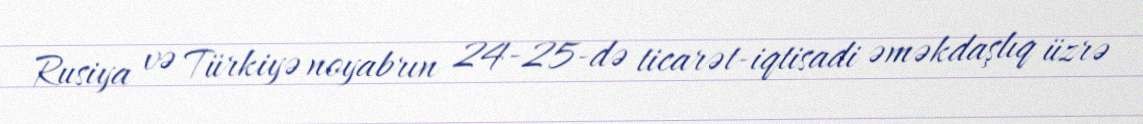
Rusiya və Türkiyə noyabrın 24-25-də ticarət-iqtisadi əməkdaşlıq üzrə